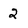
Character: 2